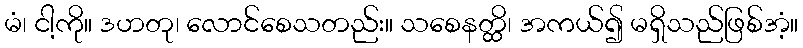
မံ၊ ငါ့ကို။ ဒဟတု၊ လောင်စေသတည်း။ သစေနတ္ထိ၊ အကယ်၍ မရှိသည်ဖြစ်အံ့။